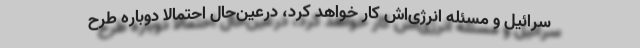
سرائیل و مسئله انرژی‌اش کار خواهد کرد، در‌عین‌حال احتمالا دوباره طرح